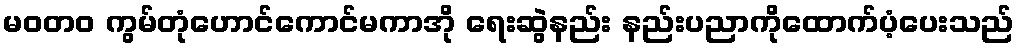
မဝတ၀ ကွမ်တုံဟောင်ကောင်မကာအို ရေးဆွဲနည်း နည်းပညာကိုထောက်ပံ့ပေးသည်